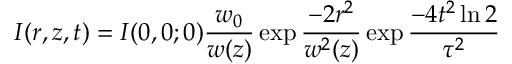
I ( r , z , t ) = I ( 0 , 0 ; 0 ) \frac { w _ { 0 } } { w ( z ) } \exp { \frac { - 2 r ^ { 2 } } { w ^ { 2 } ( z ) } } \exp { \frac { - 4 t ^ { 2 } \ln 2 } { \tau ^ { 2 } } }